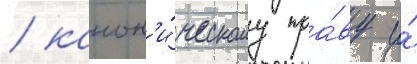
/ канон'и́ческому пра́ву и́